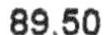
89.50